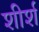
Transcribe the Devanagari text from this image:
शीर्श